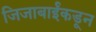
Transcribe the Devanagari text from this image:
जिजाबाईंकडून